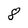
Character: 8